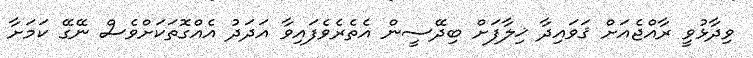
ވިދާޅުވީ ރާއްޖެއަށް ޤަވައިދާ ޚިލާފަށް ބިދޭސީން އެތެރެވެފައިވާ އަދަދު އެއްގޮތަކަށްވެސް ނޭގޭ ކަމަށާ